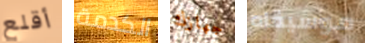
أقلع الكدمة جهازك موسيقاه